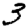
Digit: 3